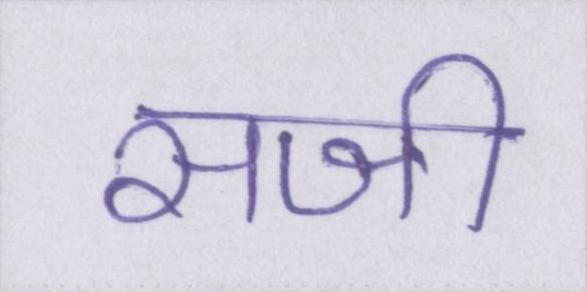
सजी